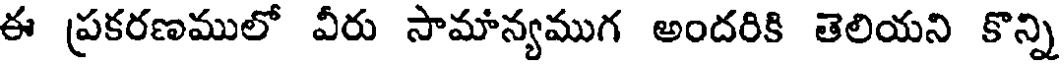
ఈ ప్రకరణములో వీరు సామాన్యముగ అందరికి తెలియని కొన్ని